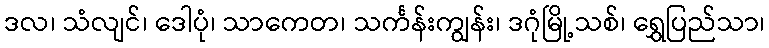
ဒလ၊ သံလျင်၊ ဒေါပုံ၊ သာကေတ၊ သင်္ကန်းကျွန်း၊ ဒဂုံမြို့သစ်၊ ရွှေပြည်သာ၊